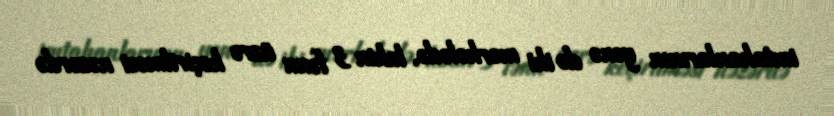
imtahanlarının yenə də iki mərhələdə, lakin 3 fənn üzrə keçirilməsi nəzərdə